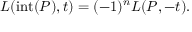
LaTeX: L ( \operatorname { i n t } ( P ) , t ) = ( - 1 ) ^ { n } L ( P , - t ) .